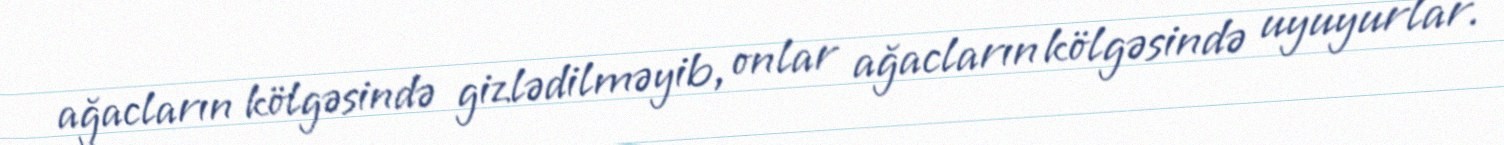
ağacların kölgəsində gizlədilməyib, onlar ağacların kölgəsində uyuyurlar.